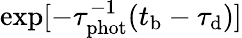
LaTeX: \exp[-\tau_{\mathrm{phot}}^{-1}(t_{\mathrm{b}}-\tau_{\mathrm{d}})]